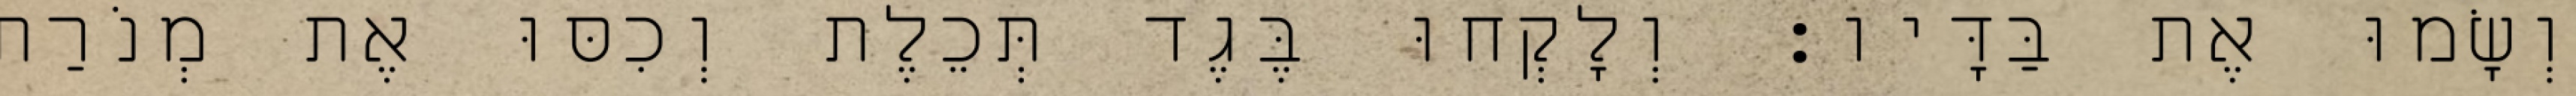
וְשָׂמוּ אֶת בַּדָּיו׃ וְלָקְחוּ בֶּגֶד תְּכֵלֶת וְכִסּוּ אֶת מְנֹרַת